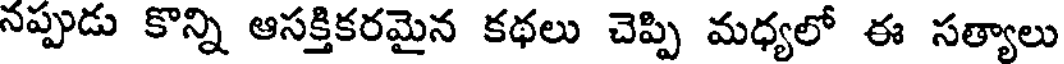
నప్పుడు కొన్ని ఆసక్తికరమైన కథలు చెప్పి మధ్యలో ఈ సత్యాలు